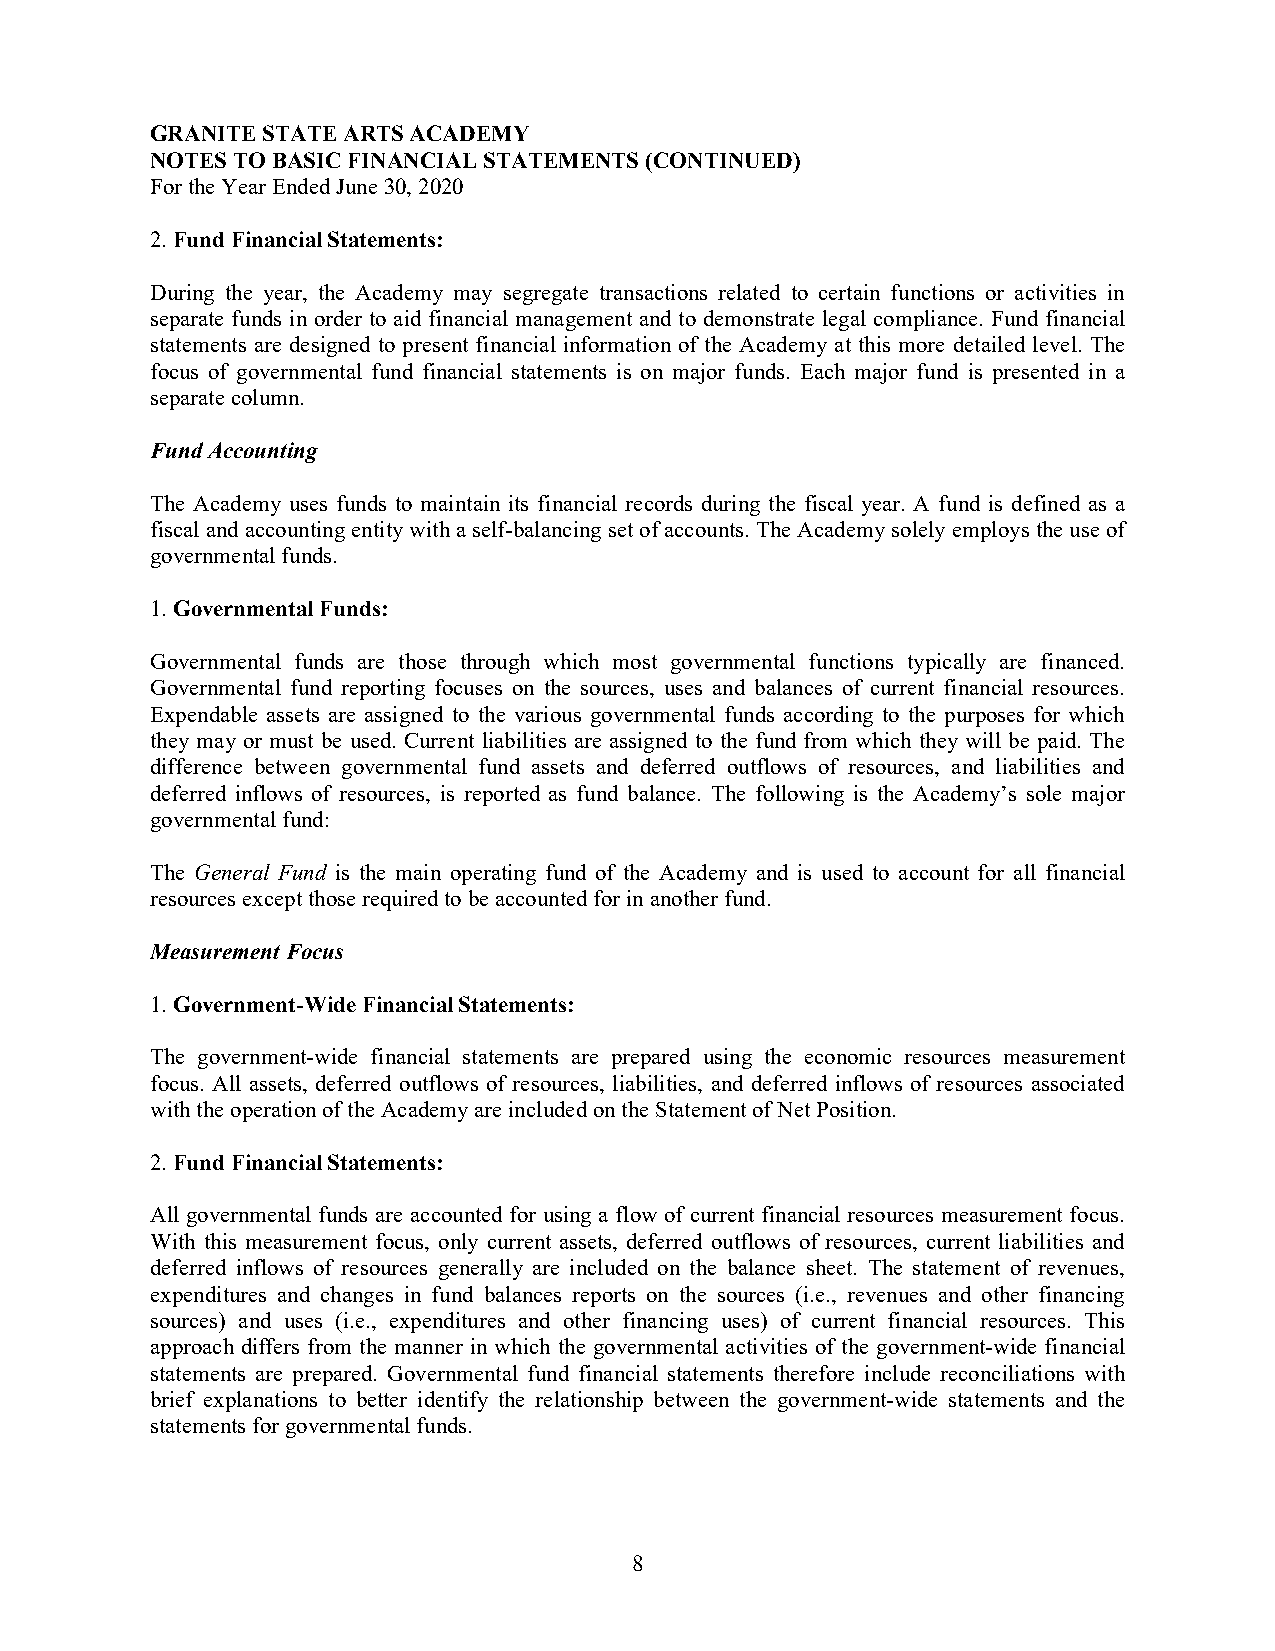
GRANITE STATE ARTS ACADEMY
 NOTES TO BASIC FINANCIAL STATEMENTS (CONTINUED)
 For the Year Ended June 30, 2020
 2. Fund Financial Statements:
 During the year, the Academy may segregate transactions related to certain functions or activities in
 separate funds in order to aid financial management and to demonstrate legal compliance. Fund financial
 statements are designed to present financial information of the Academy at this more detailed level. The
 focus of governmental fund financial statements is on major funds. Each major fund is presented in a
 separate column.
 Fund Accounting
 The Academy uses funds to maintain its financial records during the fiscal year. A fund is defined as a
 fiscal and accounting entity with a self-balancing set of accounts. The Academy solely employs the use of
 governmental funds.
 1. Governmental Funds:
 Governmental funds are those through which most governmental functions typically are financed.
 Governmental fund reporting focuses on the sources, uses and balances of current financial resources.
 Expendable assets are assigned to the various governmental funds according to the purposes for which
 they may or must be used. Current liabilities are assigned to the fund from which they will be paid. The
 difference between governmental fund assets and deferred outflows of resources, and liabilities and
 deferred inflows of resources, is reported as fund balance. The following is the Academy’s sole major
 governmental fund:
 The General Fund is the main operating fund of the Academy and is used to account for all financial
 resources except those required to be accounted for in another fund.
 Measurement Focus
 1. Government-Wide Financial Statements:
 The government-wide financial statements are prepared using the economic resources measurement
 focus. All assets, deferred outflows of resources, liabilities, and deferred inflows of resources associated
 with the operation of the Academy are included on the Statement of Net Position.
 2. Fund Financial Statements:
 All governmental funds are accounted for using a flow of current financial resources measurement focus.
 With this measurement focus, only current assets, deferred outflows of resources, current liabilities and
 deferred inflows of resources generally are included on the balance sheet. The statement of revenues,
 expenditures and changes in fund balances reports on the sources (i.e., revenues and other financing
 sources) and uses (i.e., expenditures and other financing uses) of current financial resources. This
 approach differs from the manner in which the governmental activities of the government-wide financial
 statements are prepared. Governmental fund financial statements therefore include reconciliations with
 brief explanations to better identify the relationship between the government-wide statements and the
 statements for governmental funds.
 8